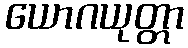
ယောဂယုတ္တာ